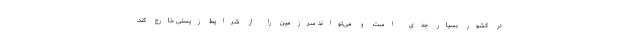
در کشور بسیار جدی است و می‌تواند سرزمین را از شرایط زیستی خارج کند.